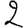
Digit: 2